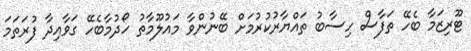
ޓޫރިޒަމާ ބެހޭ ތަފާސް ހިސާބު ތައްޔާރުކުރުމަށް ބޭނުންވާ މައުލޫމާތު ހޯދުމާބެހޭ ގަވާއިދާ ފުރަތަމަ